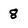
Character: 8